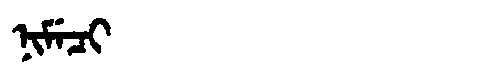
Manchu: ᠨᡳᠮᡝᠴᡳ
Romanization: NIMECI